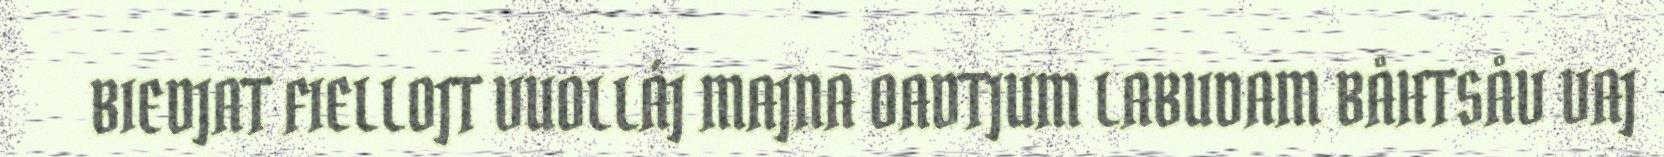
BIEDJAT FIELLOJT VUOLLÁJ MAJNA OADTJUM LABUDAM BÅHTSÅV VAJ